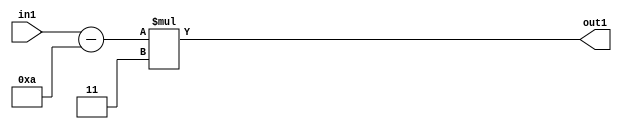
`timescale 1ps / 1ps
/*****************************************************************************
    Verilog RTL Description
    
    
    Created by: Stratus DpOpt 21.05.01 
*******************************************************************************/

module SobelFilter_Mul2i3Subi10s6_1 (
	in1,
	out1
	); /* architecture "behavioural" */ 
input [5:0] in1;
output [5:0] out1;
wire [5:0] asc001,
	asc002;

assign asc002 = 
	+(in1)
	-(6'B001010);

assign asc001 = 
	+(asc002 * 6'B000011);

assign out1 = asc001;
endmodule

/* CADENCE  ubXxTQ4= : u9/ySxbfrwZIxEzHVQQV8Q== ** DO NOT EDIT THIS LINE ******/